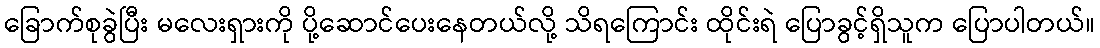
ခြောက်စုခွဲပြီး မလေးရှားကို ပို့ဆောင်ပေးနေတယ်လို့ သိရကြောင်း ထိုင်းရဲ ပြောခွင့်ရှိသူက ပြောပါတယ်။